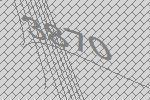
3870